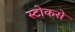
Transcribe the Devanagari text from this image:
स्टोकसे